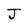
Character: J